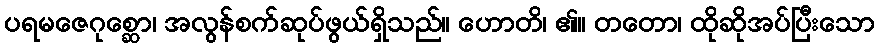
ပရမဇေဂုစ္ဆော၊ အလွန်စက်ဆုပ်ဖွယ်ရှိသည်။ ဟောတိ၊ ၏။ တတော၊ ထိုဆိုအပ်ပြီးသော